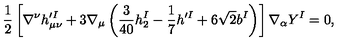
\frac { 1 } { 2 } \left[ \nabla ^ { \nu } h _ { \mu \nu } ^ { \prime I } + 3 \nabla _ { \mu } \left( \frac { 3 } { 4 0 } h _ { 2 } ^ { I } - \frac { 1 } { 7 } h ^ { \prime I } + 6 \sqrt { 2 } b ^ { I } \right) \right] \nabla _ { \alpha } Y ^ { I } = 0 ,